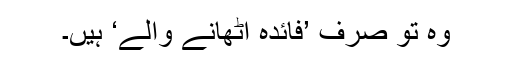
وہ تو صرف ’فائدہ اٹھانے والے‘ ہیں۔